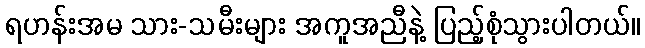
ရဟန်းအမ သား-သမီးများ အကူအညီနဲ့ ပြည့်စုံသွားပါတယ်။